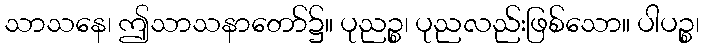
သာသနေ၊ ဤသာသနာတော်၌။ ပုညဉ္စ၊ ပုညလည်းဖြစ်သော။ ပါပဉ္စ၊